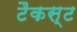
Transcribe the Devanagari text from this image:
टैकस्ट